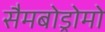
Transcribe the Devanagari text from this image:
सैमबोड्रोमो